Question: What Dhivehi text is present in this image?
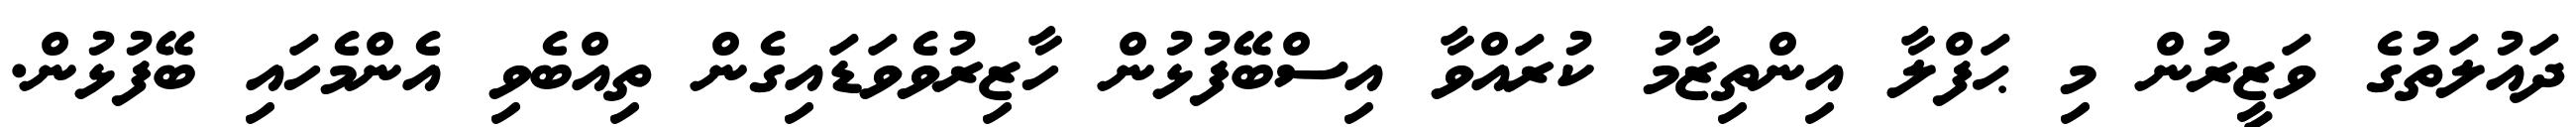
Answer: ދައުލަތުގެ ވަޒީރުން މި ޙަފްލާ އިންތިޒާމު ކުރައްވާ އިސްބޭފުޅުން ހާޒިރުވެވަޑައިގެން ތިއްބެވި އެންމެހައި ބޭފުޅުން.